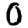
Digit: 0